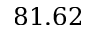
8 1 . 6 2